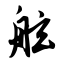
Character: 舷